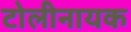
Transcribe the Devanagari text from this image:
टोलीनायक